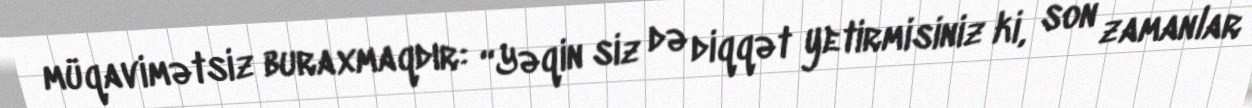
müqavimətsiz buraxmaqdır: “Yəqin siz də diqqət yetirmisiniz ki, son zamanlar